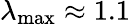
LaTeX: \lambda_{\mathrm{max}}\approx 1.1